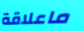
ماعلاقة